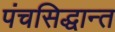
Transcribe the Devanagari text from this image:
पंचसिद्धान्त